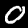
Digit: 0